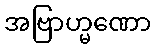
အဗြာဟ္မဏော